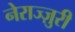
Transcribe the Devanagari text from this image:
नेराज्ज़ुरी